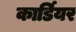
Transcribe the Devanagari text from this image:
कार्डियर